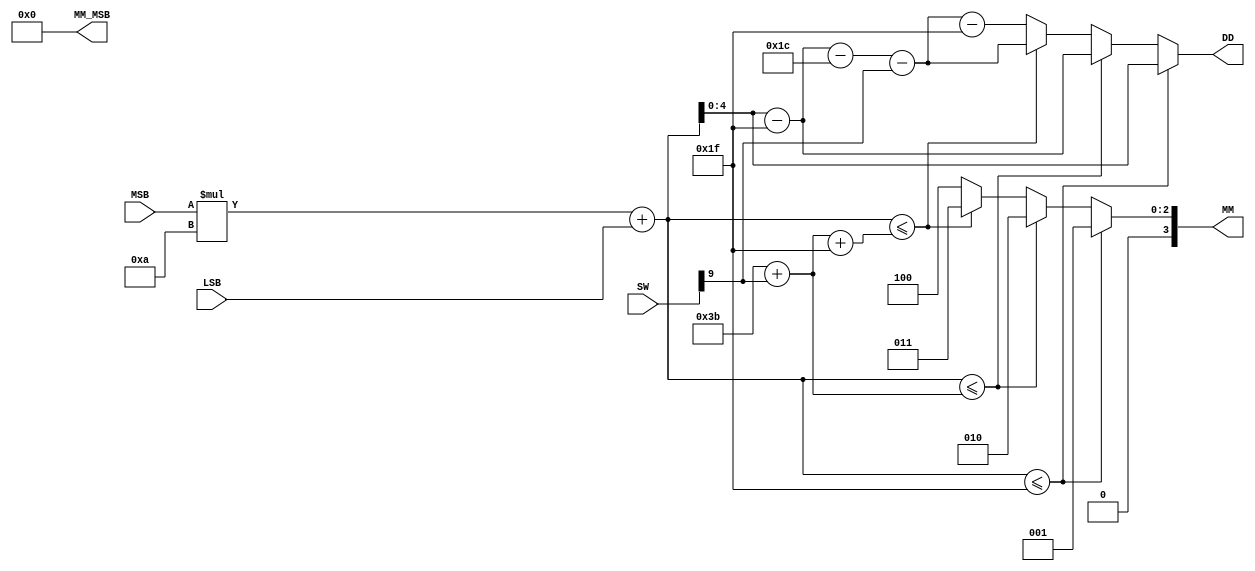
module DDMM1(
input wire  [3:0] MSB,LSB,
//input  clock, reset_n,
input [9:0] SW,
output reg[4:0] DD,
output reg[3:0] MM,MM_MSB

);
wire [7:0] binary_value;
assign binary_value = (MSB[3:0]*10)+({4'b0,LSB[3:0]});   // 4 bits to decimal



wire leap_year;
assign leap_year = SW[9];


always@(*)
begin
    
     if (binary_value <= 31) begin          // January
        MM <= 1;
        DD <= binary_value; // 
        MM_MSB = 0;
    end
    else if (binary_value <= 31+28+leap_year) begin  //Feb
        MM <= 2;
        DD <= binary_value - 31;
        MM_MSB = 0;
    end
    else if (binary_value <= 31+28+leap_year+31) begin // March
        MM <= 3;
        DD <= binary_value - 31-28-leap_year;
        MM_MSB = 0;
    end
    else  begin                                         // April
        MM <= 4;
        DD <= binary_value-31-28-leap_year-31;
        MM_MSB = 0;
    end
end



endmodule